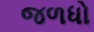
જળધો